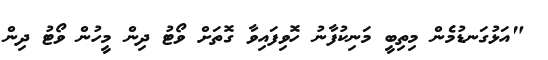
"އަޅުގަނޑުމެން މިތިބީ މަނިކުފާނު ހޮވިފައިވާ ގޮތަށް ވޯޓު ދިން މީހުން ވޯޓު ދިން